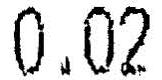
0.02